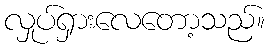
လှုပ်ရှားလေတော့သည်။